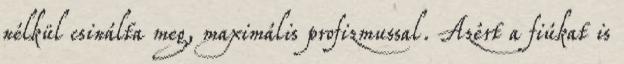
nélkül csinálta meg, maximális profizmussal. Azért a fiúkat is